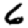
Digit: 6